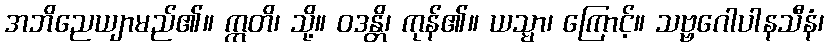
အဘိညေယျာမည်၏။ ဣတိ၊ သို့။ ဝဒန္တိ၊ ကုန်၏။ ယသ္မာ၊ ကြောင့်။ သဗ္ဗဂေါပါနသီနံ၊